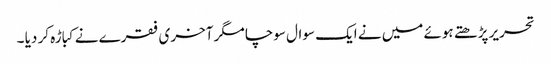
تحریر پڑھتے ہوئے میں نے ایک سوال سوچا مگر آخری فقرے نے کباڑہ کر دیا ۔